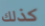
كذلك